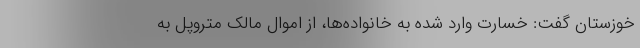
خوزستان گفت: خسارت وارد شده به خانواده‌ها، از اموال مالک متروپل به